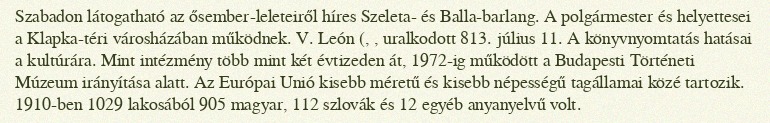
Szabadon látogatható az ősember-leleteiről híres Szeleta- és Balla-barlang. A polgármester és helyettesei a Klapka-téri városházában működnek. V. León (, , uralkodott 813. július 11. A könyvnyomtatás hatásai a kultúrára. Mint intézmény több mint két évtizeden át, 1972-ig működött a Budapesti Történeti Múzeum irányítása alatt. Az Európai Unió kisebb méretű és kisebb népességű tagállamai közé tartozik. 1910-ben 1029 lakosából 905 magyar, 112 szlovák és 12 egyéb anyanyelvű volt.